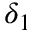
\delta _ { 1 }